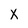
Character: X